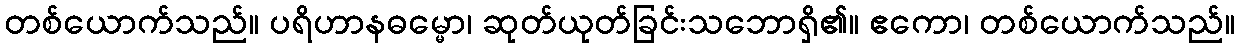
တစ်ယောက်သည်။ ပရိဟာနဓမ္မော၊ ဆုတ်ယုတ်ခြင်းသဘောရှိ၏။ ဧကော၊ တစ်ယောက်သည်။